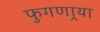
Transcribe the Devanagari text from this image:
फुगणार्‍या